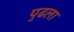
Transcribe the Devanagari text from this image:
पुढला